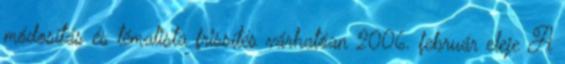
módosítás és témalista frissítés várhatóan 2006. február eleje A